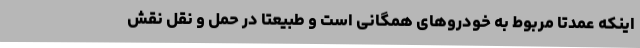
اینکه عمدتا مربوط به خودروهای همگانی است و طبیعتا در حمل و نقل نقش